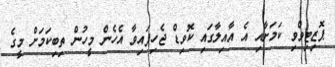
ޕޮޒިޓިވްވި ކަމަށާއި އެ އާއިލާގައި ކޮވިޑް ޖެހިފައިވާ އެހެން މީހުން ތިބިކަމަށް މީގެ